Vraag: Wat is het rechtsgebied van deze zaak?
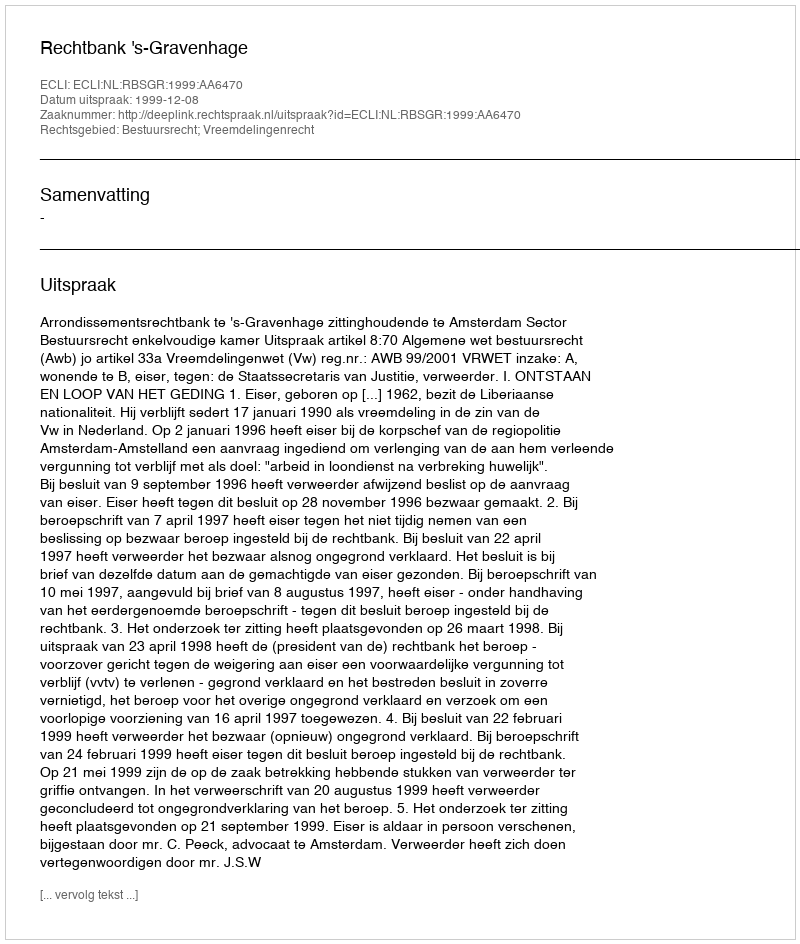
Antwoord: Bestuursrecht; Vreemdelingenrecht